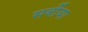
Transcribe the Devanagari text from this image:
सर्बीया